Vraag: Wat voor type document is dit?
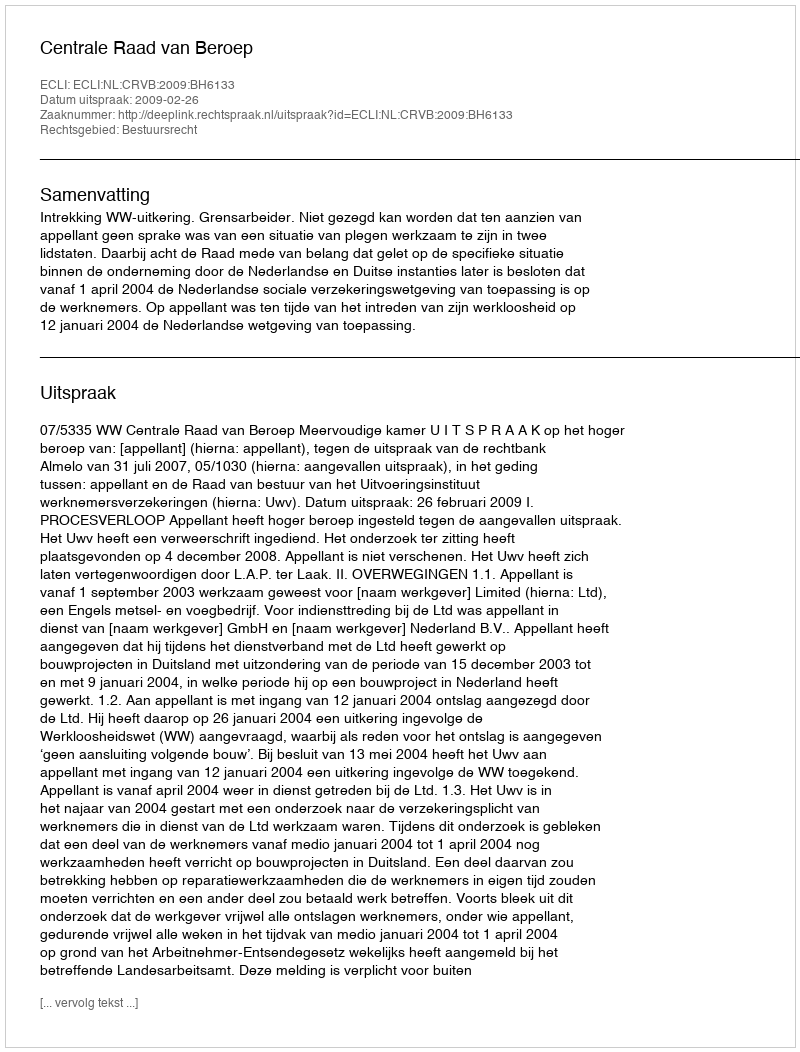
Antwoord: Uitspraak